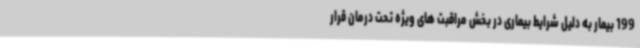
199 بیمار به دلیل شرایط بیماری در بخش مراقبت های ویژه تحت درمان قرار